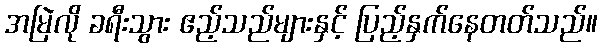
အမြဲလို ခရီးသွား ဧည့်သည်များနှင့် ပြည့်နှက်နေတတ်သည်။